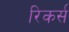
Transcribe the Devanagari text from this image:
रिकर्स